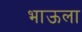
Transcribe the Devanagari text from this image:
भाऊला